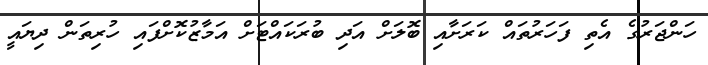
ހަންޖަރުގެ އެތި ފަހަރުތައް ކަރަށާއި ބޮލަށް އަދި ބުރަކައްޓަށް އަމާޒުކޮށްފައި ހުރިތަން ދިޔައީ